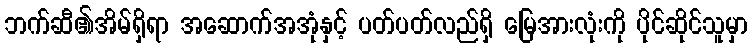
ဘက်ဆီ၏အိမ်ရှိရာ အဆောက်အအုံနှင့် ပတ်ပတ်လည်ရှိ မြေအားလုံးကို ပိုင်ဆိုင်သူမှာ